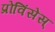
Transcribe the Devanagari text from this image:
प्रोविंसेस्